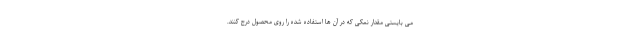
می بایستی مقدار نمکی که در آن ها استفاده شده را روی محصول درج کنند.